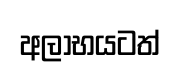
අලාභයටත්